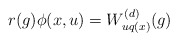
\begin{align*}r(g)\phi(x,u)=W^{(d)}_{uq(x)}(g)\end{align*}